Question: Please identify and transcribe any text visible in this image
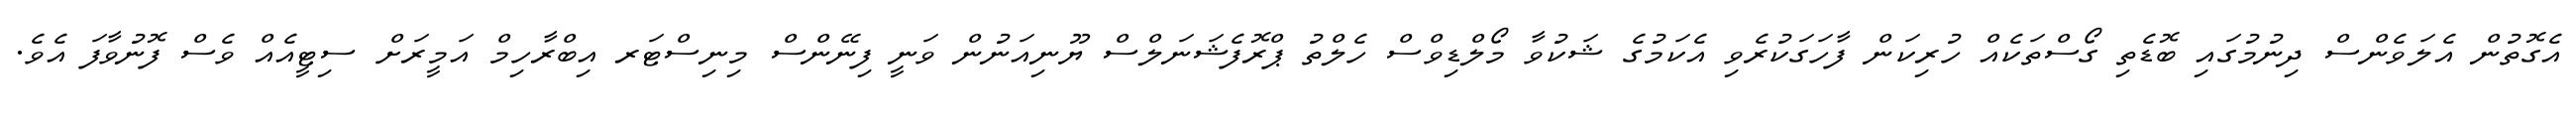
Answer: އެގޮތުން އެލަވެންސް ދިނުމުގައި ބޮޑެތި ގޯސްތަކެއް ހުރިކަން ފާހަގަކުރެވި އެކަމުގެ ޝަކުވާ މޯލްޑިވްސް ހެލްތު ޕްރޮފެޝަނަލްސް ޔޫނިއަނުން ވަނީ ފިނޭންސް މިނިސްޓަރ އިބްރާހިމް އަމީރަށް ސިޓީއެއް ވެސް ފޮނުވާފަ އެވެ.